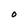
Character: 0